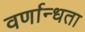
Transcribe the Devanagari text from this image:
वर्णान्धता